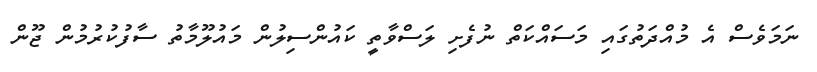
ނަމަވެސް އެ މުއްދަތުގައި މަސައްކަތް ނުފެށި ލަސްވާތީ ކައުންސިލުން މައުލޫމާތު ސާފުކުރުމުން ޖޫން